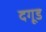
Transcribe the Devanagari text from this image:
दगूड